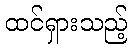
ထင်ရှားသည့်